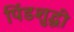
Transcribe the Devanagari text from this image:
पिंडशुद्धी